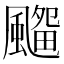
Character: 𱃊